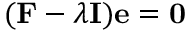
( { \bf F } - \lambda { \bf I } ) { \bf e } = { \bf 0 }